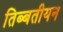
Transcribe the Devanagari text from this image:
तिब्‍बतीयन